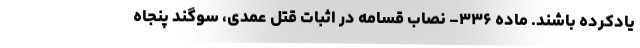
یادکرده باشند. ماده ۳۳۶- نصاب قسامه در اثبات قتل عمدی، سوگند پنجاه